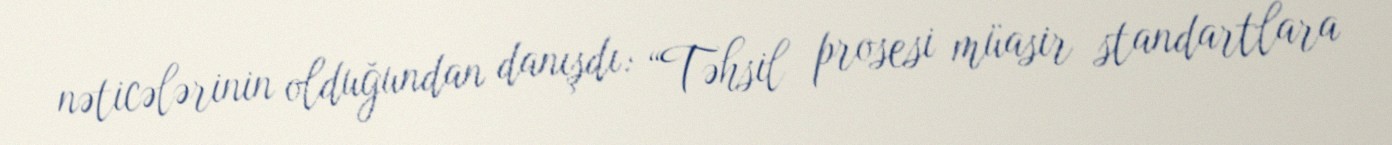
nəticələrinin olduğundan danışdı: “Təhsil prosesi müasir standartlara